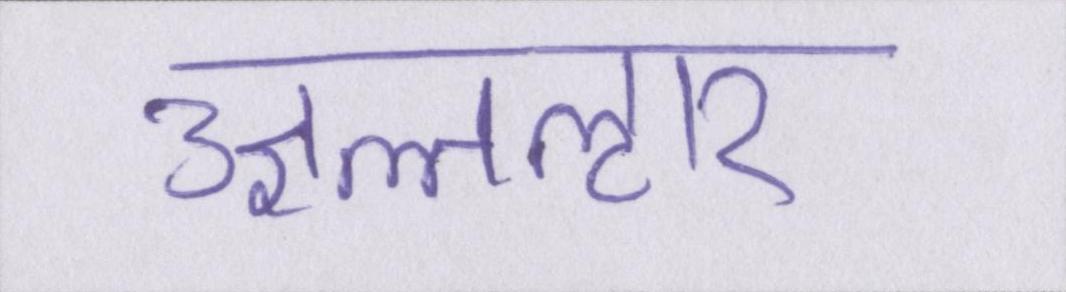
उज्ञल्तऌार